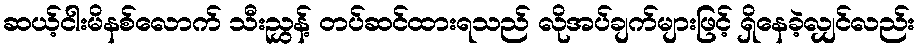
ဆယ့်ငါးမိနစ်လောက် သီးညွှန့် တပ်ဆင်ထားရသည် လိုအပ်ချက်များဖြင့် ရှိနေခဲ့လျှင်လည်း